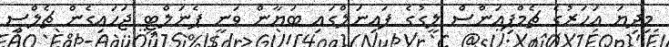
މިދިޔަ އަހަރުގެ ޗެމްޕިއަންސް ލީގުގެ ފައިނަލްގައި ބަޔާން ވަނީ ޕެނަލްޓީ ޖަހައިގެން ޗެލްސީ